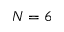
N = 6